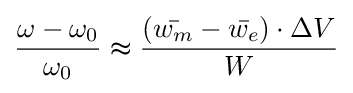
{\frac {\omega -\omega _{0}}{\omega _{0}}}\thickapprox {\frac {({\bar {w_{m}}}-{\bar {w_{e}}})\cdot \Delta V}{W}}